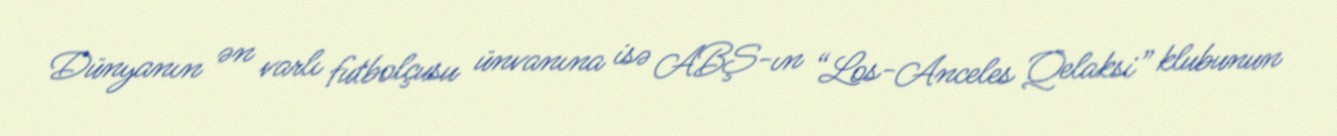
Dünyanın ən varlı futbolçusu ünvanına isə ABŞ-ın “Los-Anceles Qelaksi” klubunun